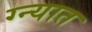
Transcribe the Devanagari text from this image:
ग्न्यात